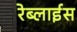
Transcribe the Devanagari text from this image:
रेब्लाईस